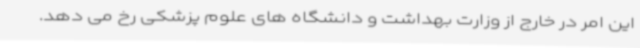
این امر در خارج از وزارت بهداشت و دانشگاه های علوم پزشکی رخ می دهد.